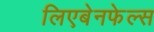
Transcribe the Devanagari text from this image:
लिएबेनफेल्स